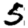
Digit: 5